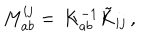
LaTeX: M _ { a b } ^ { i j } = \, K _ { a b } ^ { - 1 } \tilde { K } _ { i j } \, ,